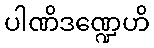
ပါဏိဒဏ္ဍေဟိ